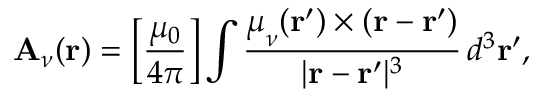
\mathbf { A } _ { \nu } ( \mathbf { r } ) = \left[ { \frac { { \mu _ { 0 } } } { { 4 \pi } } } \right] \int \frac { { \boldsymbol \mu _ { \nu } ( \mathbf { r } ^ { \prime } ) } \times ( \mathbf { r } - \mathbf { r } ^ { \prime } ) } { | \mathbf { r } - \mathbf { r } ^ { \prime } | ^ { 3 } } \, d ^ { 3 } \mathbf { r } ^ { \prime } ,